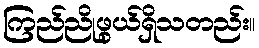
ကြည်ညိုဖွယ်ရှိသတည်း။